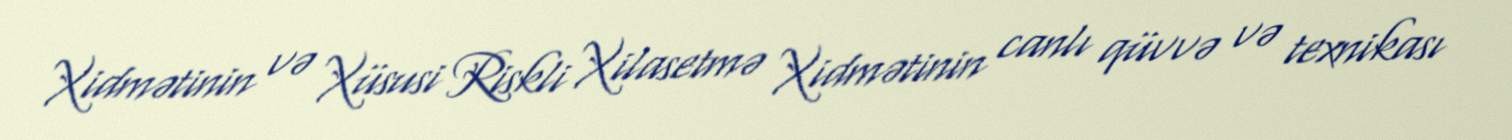
Xidmətinin və Xüsusi Riskli Xilasetmə Xidmətinin canlı qüvvə və texnikası